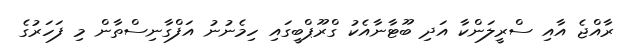
ރާއްޖެ އާއި ސްރީލަންކާ އަދި ބޫޓާނާއެކު ގްރޫޕްބީގައި ހިމެނުނު އަފްގާނިސްތާން މި ފަހަރުގެ